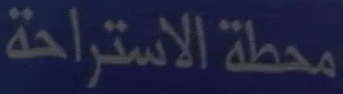
محطة الاستراحة